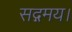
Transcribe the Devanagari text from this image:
सद्गमय।